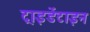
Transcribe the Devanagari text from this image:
ट्राइडेंटाइन